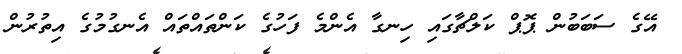
އޭގެ ސަބަބުން ޕޮޕް ކަލްޗާގައި ހިނގާ އެންމެ ފަހުގެ ކަންތައްތައް އެނގުމުގެ އިތުރުން